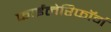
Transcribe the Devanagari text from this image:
फाईलेरिफॉर्म